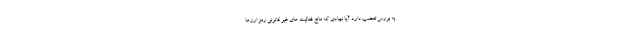
به بورس تعصب دارد آیا نهادی که مانع فعالیت های غیر قانونی رمز ارزها